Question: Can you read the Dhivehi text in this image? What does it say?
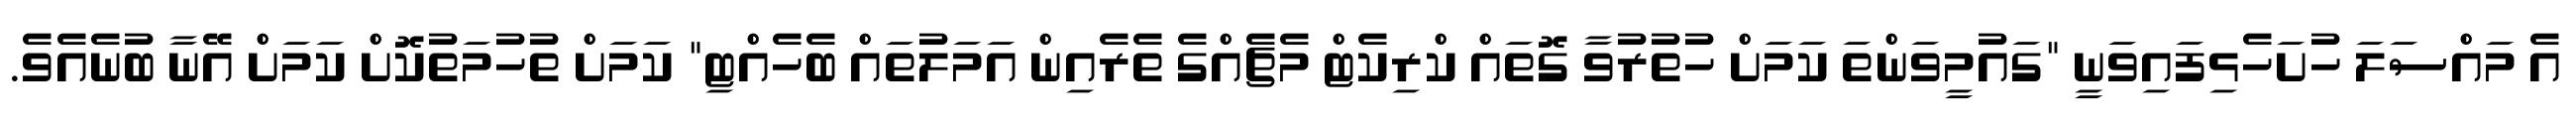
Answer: އެ މައްސަލަ ހުށަހެޅިފައިވަނީ "ގައުމީވަންތަ ކަމަށް ހުތުރުވާ ގޮތައް ކްރިކެޓް މެޗެއްގެ ތެރެއިން އަމަލުތައް ބެހެއްޓި" ކަމަށް ތުހުމަތުކޮށް ކަމަށް އޭނާ ބުނެއެވެ.